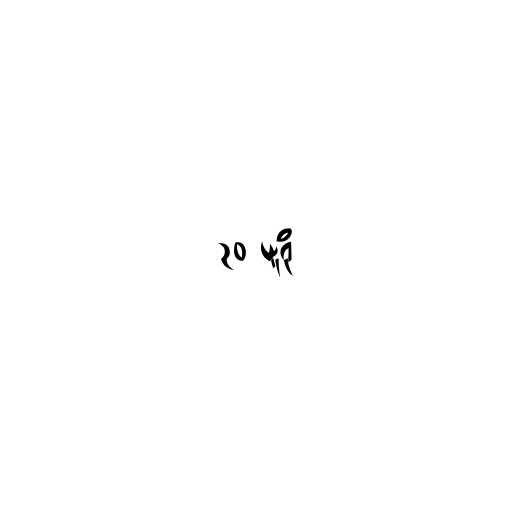
၃၀ ယူရို